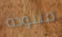
منبوذة